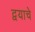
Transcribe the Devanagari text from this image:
द्वयाचे